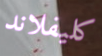
كليفلاند